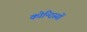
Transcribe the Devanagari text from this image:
कोन्दिस्यों